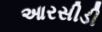
આરસીડી